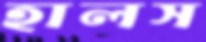
হালস